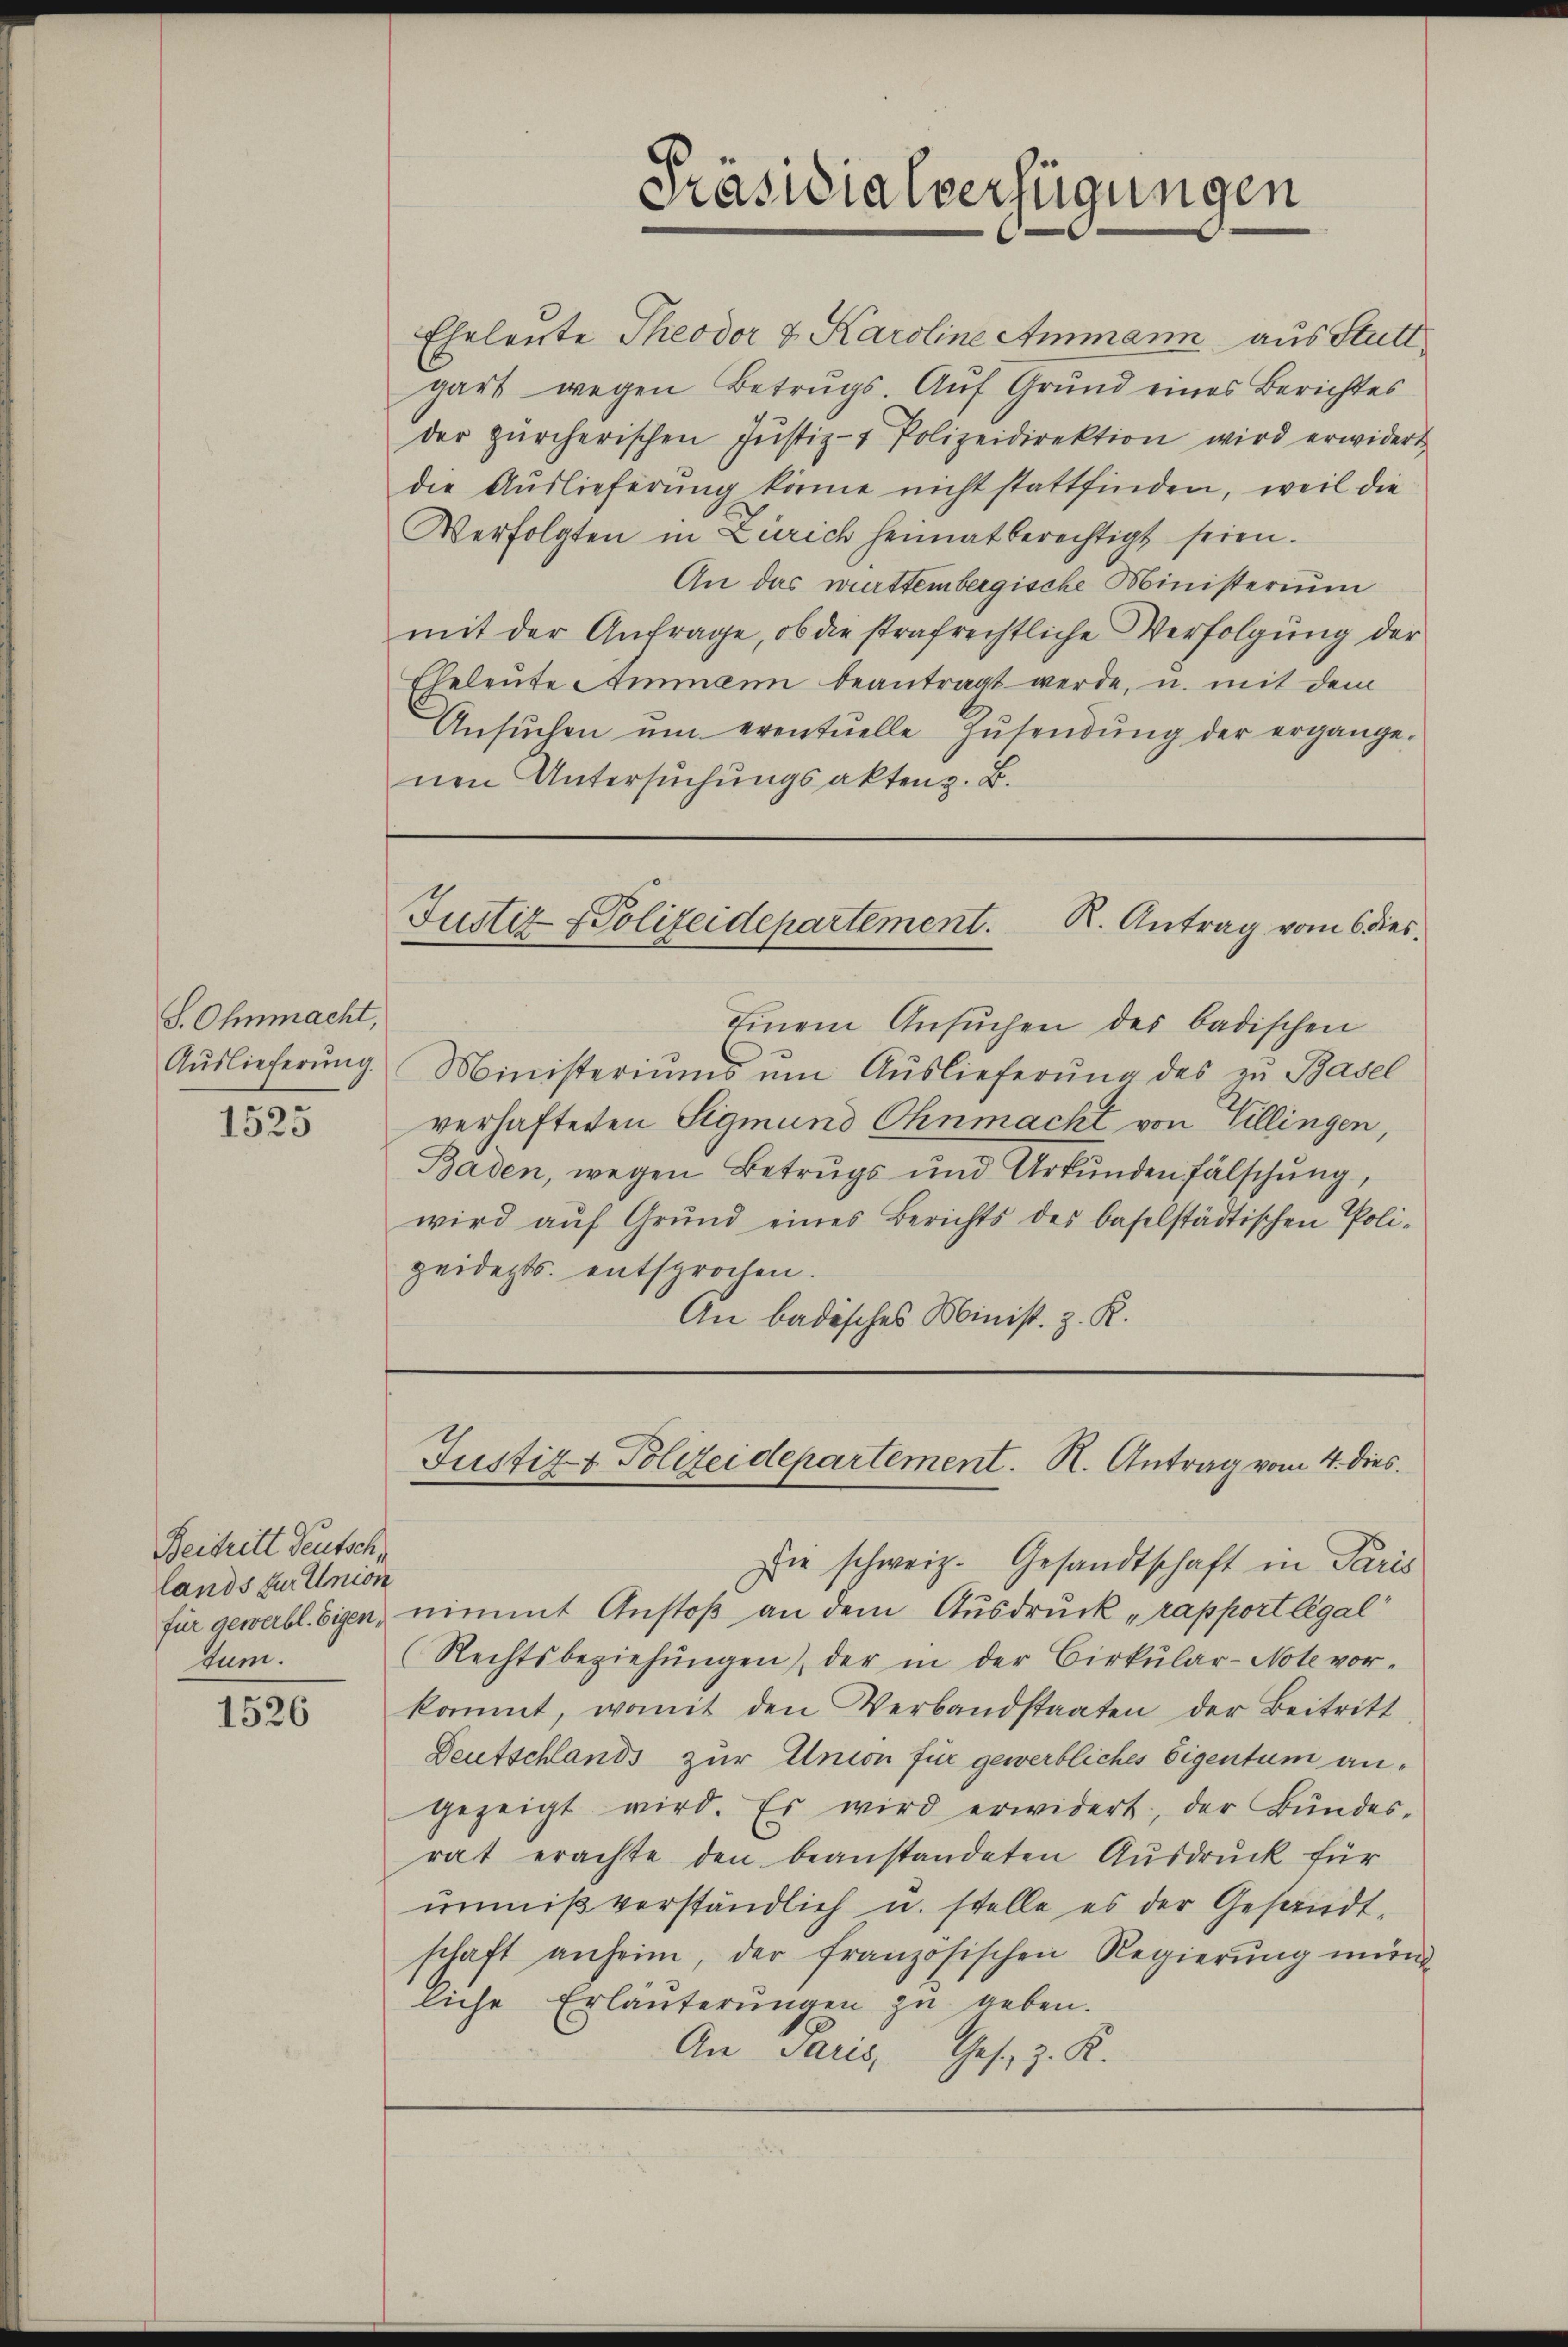
S. Ohnmacht,

1525

Beitritt deutsch
lands zur Union
tum.

1526

Präsidialverfügungen

Justiz- & Polizeidepartement. N. Antrag vom 4. dies

Eheleute Theodor & Karoline Ammann aus Stutt
gart wegen Betrugs. Auf Grund eines Berichtes
der zürcherischen Jŭstiz- & Polizeidirektion wird erwidert,
die Auslieferung könne nicht stattfinden, weil die
Verfolgten in Zürich heimat berechtigt seien.
An das württembergische Ministerium
mit der Anfrage, ob die strafrechtliche Verfolgung der
Eheleute Ammann beantragt werde, u. mit dem
Ansŭchen ŭm eventuelle Zŭsendŭng der ergänge.
nen Untersuchungsakten z. B.
Justiz & Polizeidepartement. K. Antrag vom 6 dies
Einem Ansuchen des badischen
Aŭslieferŭng. Ministeriŭms ŭm Aŭslieferŭng des zu Basel
verhafteten Sigmund Ohnmacht von Villingen,
Baden, wegen Betrugs und Urkunden fälschung,
wird aŭf Grŭnd eines Berichts des baselstädtischen Poli-
zeiderts. entsprochen.
An badisches Minist. z. R.

Die schweiz. Gesandtschaft in Paris
für gewerbl. Eigen, nimmt Anstoß an dem Ausdruck „rapport légal
(Rechtsbeziehŭngen der in der Cirkŭlar-Note vor-
kömmt, womit den Verbandstaaten der Beitritt
Deutschlands zur Union für gewerbliches Eigentum angezeigt wird. Es wird erwidert, der Bŭndes-
rat erachte den beanstandeten Ausdruck für
ŭnmiβ verständlich u. stelle es der Gesandtschaft anheim, der französischen Regierung mündliche Erläuterungen zu geben.
An Paris,
Ges. z. K.